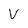
Character: V